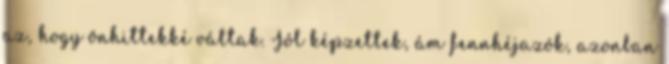
az, hogy önhittekké váltak. Jól képzettek, ám fennhéjazók, azonban